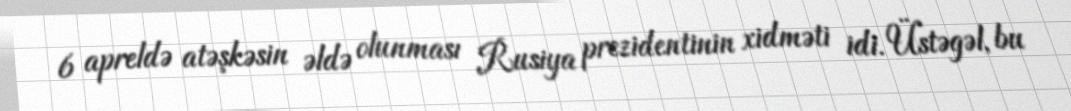
6 apreldə atəşkəsin əldə olunması Rusiya prezidentinin xidməti idi. Üstəgəl, bu